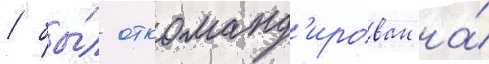
/ бы́л откоманд'ирован на́